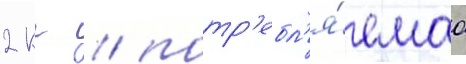
2 кг / потр'ебл'я́емаа